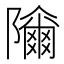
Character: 𱀾